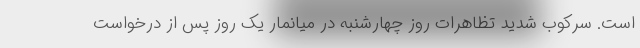
است. سرکوب شدید تظاهرات روز چهارشنبه در میانمار یک روز پس از درخواست